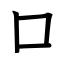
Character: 口